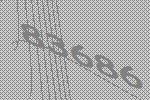
83686